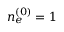
n _ { e } ^ { ( 0 ) } = 1